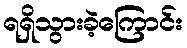
ရရှိသွားခဲ့ကြောင်း